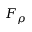
F _ { \rho }